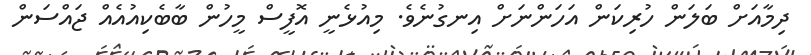
ދިމާއަށް ބަލަން ހުރިކަން އަހަންނަށް އިނގުނެވެ. މިއުޅެނީ އޮފީސް މީހުން ބާބެކިއުއެއް ޖައްސަން